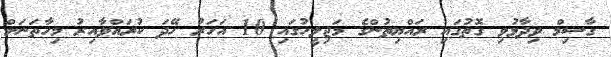
ގާސިމް ވިދާޅުވި ގޮތުގައި ރައްޔިތުންގެ މަޖިލީހުގައި 10 އަހަރު ހޭދަ ކުރައްވާއިރު މިހާތަނަށް